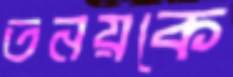
তনয়কে